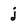
Character: j